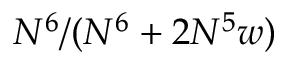
N ^ { 6 } / ( N ^ { 6 } + 2 N ^ { 5 } w )